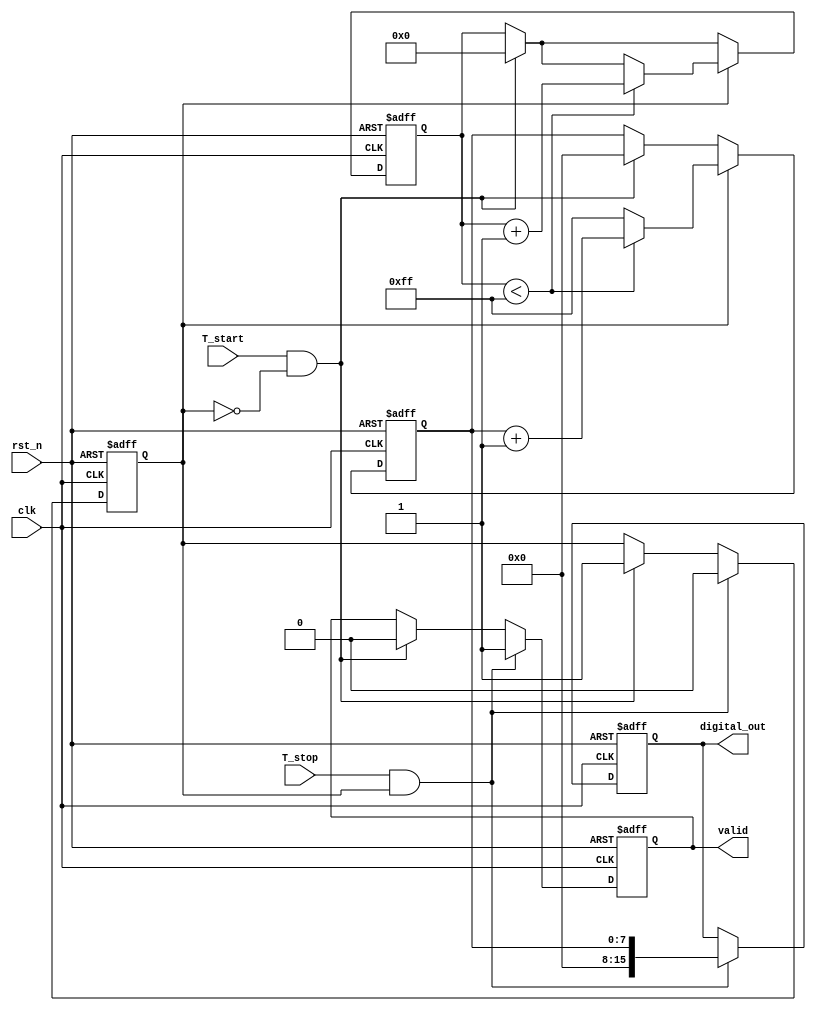
module TimeToDigitalConverter (
    input wire clk,                // System clock
    input wire rst_n,              // Active low reset
    input wire T_start,            // Start signal
    input wire T_stop,             // Stop signal
    output reg [15:0] digital_out, // Digital output (16-bit)
    output reg valid               // Output valid signal
);

    // Parameters
    parameter CHARGE_RATE = 1; // Charging rate (can be adjusted)
    parameter MAX_VOLTAGE = 255; // Maximum voltage level (for ADC)
    
    // Internal signals
    reg [7:0] voltage;           // Voltage level (8-bit for simplicity)
    reg charging;                // Charging state
    reg [31:0] counter;          // Time counter for charging

    // Control logic
    always @(posedge clk or negedge rst_n) begin
        if (!rst_n) begin
            charging <= 0;
            voltage <= 0;
            counter <= 0;
            digital_out <= 0;
            valid <= 0;
        end else begin
            // Start charging on T_start
            if (T_start && !charging) begin
                charging <= 1;
                voltage <= 0; // Reset voltage when starting
                counter <= 0; // Reset counter
                valid <= 0;   // Reset valid signal
            end
            
            // Charge the capacitor
            if (charging) begin
                if (counter < MAX_VOLTAGE / CHARGE_RATE) begin
                    counter <= counter + 1;
                    voltage <= voltage + CHARGE_RATE;
                end else begin
                    voltage <= MAX_VOLTAGE; // Cap at max voltage
                end
            end
            
            // Stop charging on T_stop
            if (T_stop && charging) begin
                charging <= 0;
                // Convert voltage to digital output
                digital_out <= voltage; // Simple direct mapping for demo
                valid <= 1; // Indicate valid output
            end
        end
    end

endmodule